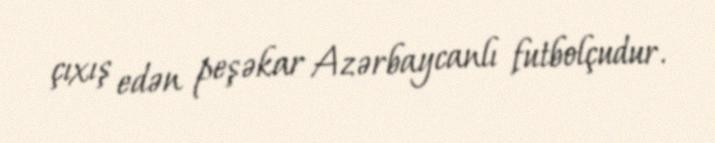
çıxış edən peşəkar Azərbaycanlı futbolçudur.